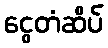
ငွေတံဆိပ်